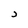
Character: J